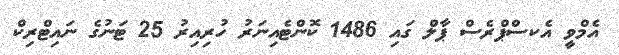
އެމްވީ އެކސްޕްރެސް ޕާލް ގައި 1486 ކޮންޓެއިނަރު ހުރިއިރު 25 ޓަނުގެ ނައިޓްރިކް